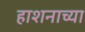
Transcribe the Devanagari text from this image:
हाशनाच्या